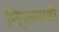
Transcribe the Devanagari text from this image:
नि्रूपणों